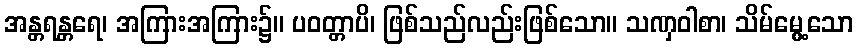
အန္တရန္တရေ၊ အကြားအကြား၌။ ပဝတ္တာပိ၊ ဖြစ်သည်လည်းဖြစ်သော။ သဏှဝါစာ၊ သိမ်မွေ့သော